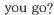
you go?